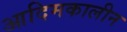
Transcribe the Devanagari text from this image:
आदिमकालीन